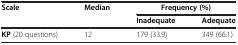
| <ROWSPAN=2> Scale | <ROWSPAN=2> Median | <COLSPAN=2> Frequency (%) |
 | Inadequate | Adequate |
 | --- | --- | --- | --- |
 | KP (20 questions) | 12 | 179 (33.9) | 349 (66.1) |